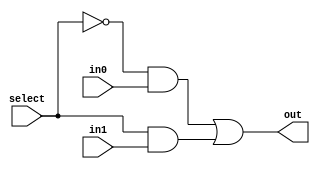
/***************************************************
* Class: EE 271
* Module: mux2
* Description: A simple 2 to 1 multiplexor circuit
****************************************************/

// from the simulation you'll see that the output changes instantaneously with input changes
// The delay must be specified as part of the circuit description.
// It is important to add delay to circuit elements to get a realistic simulation,
// and in some cases to get correct
module mux2(in0, in1, select, out);
    input in0, in1, select;
    output out;
    wire s0, w0, w1;
    not
    #1(s0, select);
    and
    #1(w0, s0, in0),(w1, select, in1);
    or
    #1(out, w0, w1);
endmodule // mux2